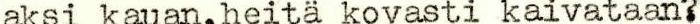
aksi kauan,heitä kovasti kaivataan?